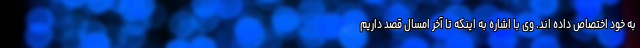
به خود اختصاص داده اند. وی با اشاره به اینکه تا آخر امسال قصد داریم